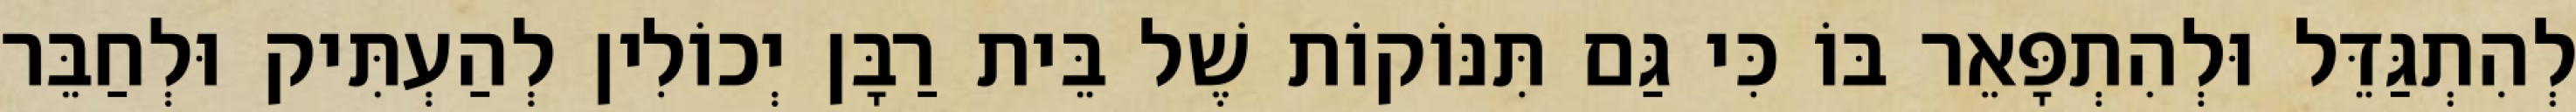
לְהִתְגַּדֵּל וּלְהִתְפָּאֵר בּוֹ כִּי גַּם תִּנּוֹקוֹת שֶׁל בֵּית רַבָּן יְכוֹלִין לְהַעְתִּיק וּלְחַבֵּר